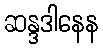
ဆန္ဒဒါနေန